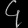
Digit: ၄